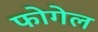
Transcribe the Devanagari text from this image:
फोगेल